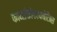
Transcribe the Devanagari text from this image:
फार्माकोकायनेटिक्स